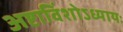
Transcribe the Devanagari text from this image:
अष्टाविंशोऽध्यायः